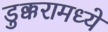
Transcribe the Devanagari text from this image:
डुक्करामध्ये